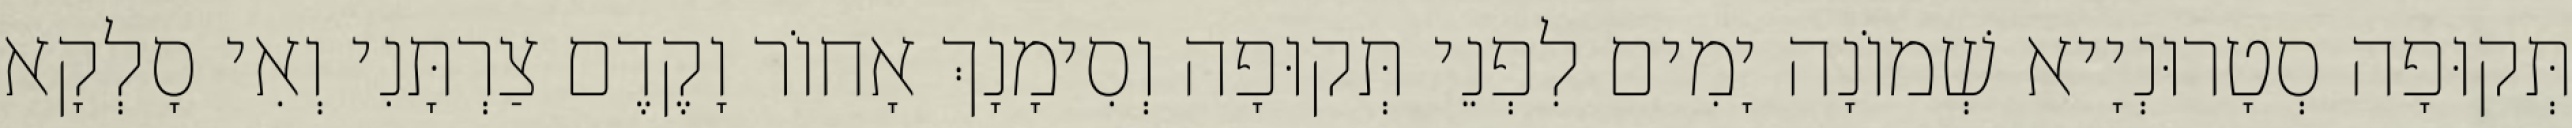
תְּקוּפָה סְטָרוּנְיָיא שְׁמוֹנָה יָמִים לִפְנֵי תְּקוּפָה וְסִימָנָךְ אָחוֹר וָקֶדֶם צַרְתָּנִי וְאִי סָלְקָא